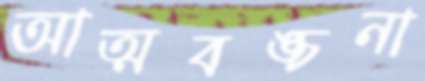
আত্মবঙ্চনা